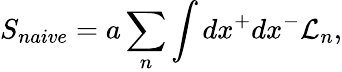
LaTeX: S_{naive}=a\sum_{n}\int dx^{+}dx^{-}{\cal L}_{n},